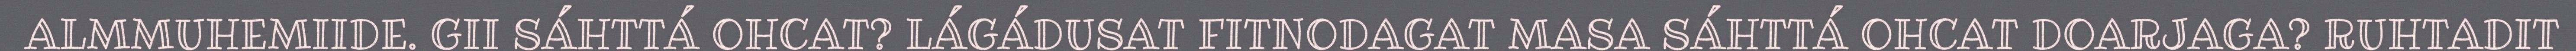
ALMMUHEMIIDE. GII SÁHTTÁ OHCAT? LÁGÁDUSAT FITNODAGAT MASA SÁHTTÁ OHCAT DOARJAGA? RUHTADIT